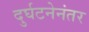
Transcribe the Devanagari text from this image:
दुर्घटनेनंतर